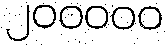
၂၀၀၀၀၀